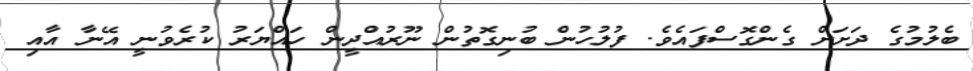
ބެލުމުގެ ދަށަށް ގެންގޮސްފައެވެ. ފުލުހުން ބުނިގޮތުން ނޫރުއްދީން ހައްޔަރު ކުރެވުނީ އޭނާ އާއި